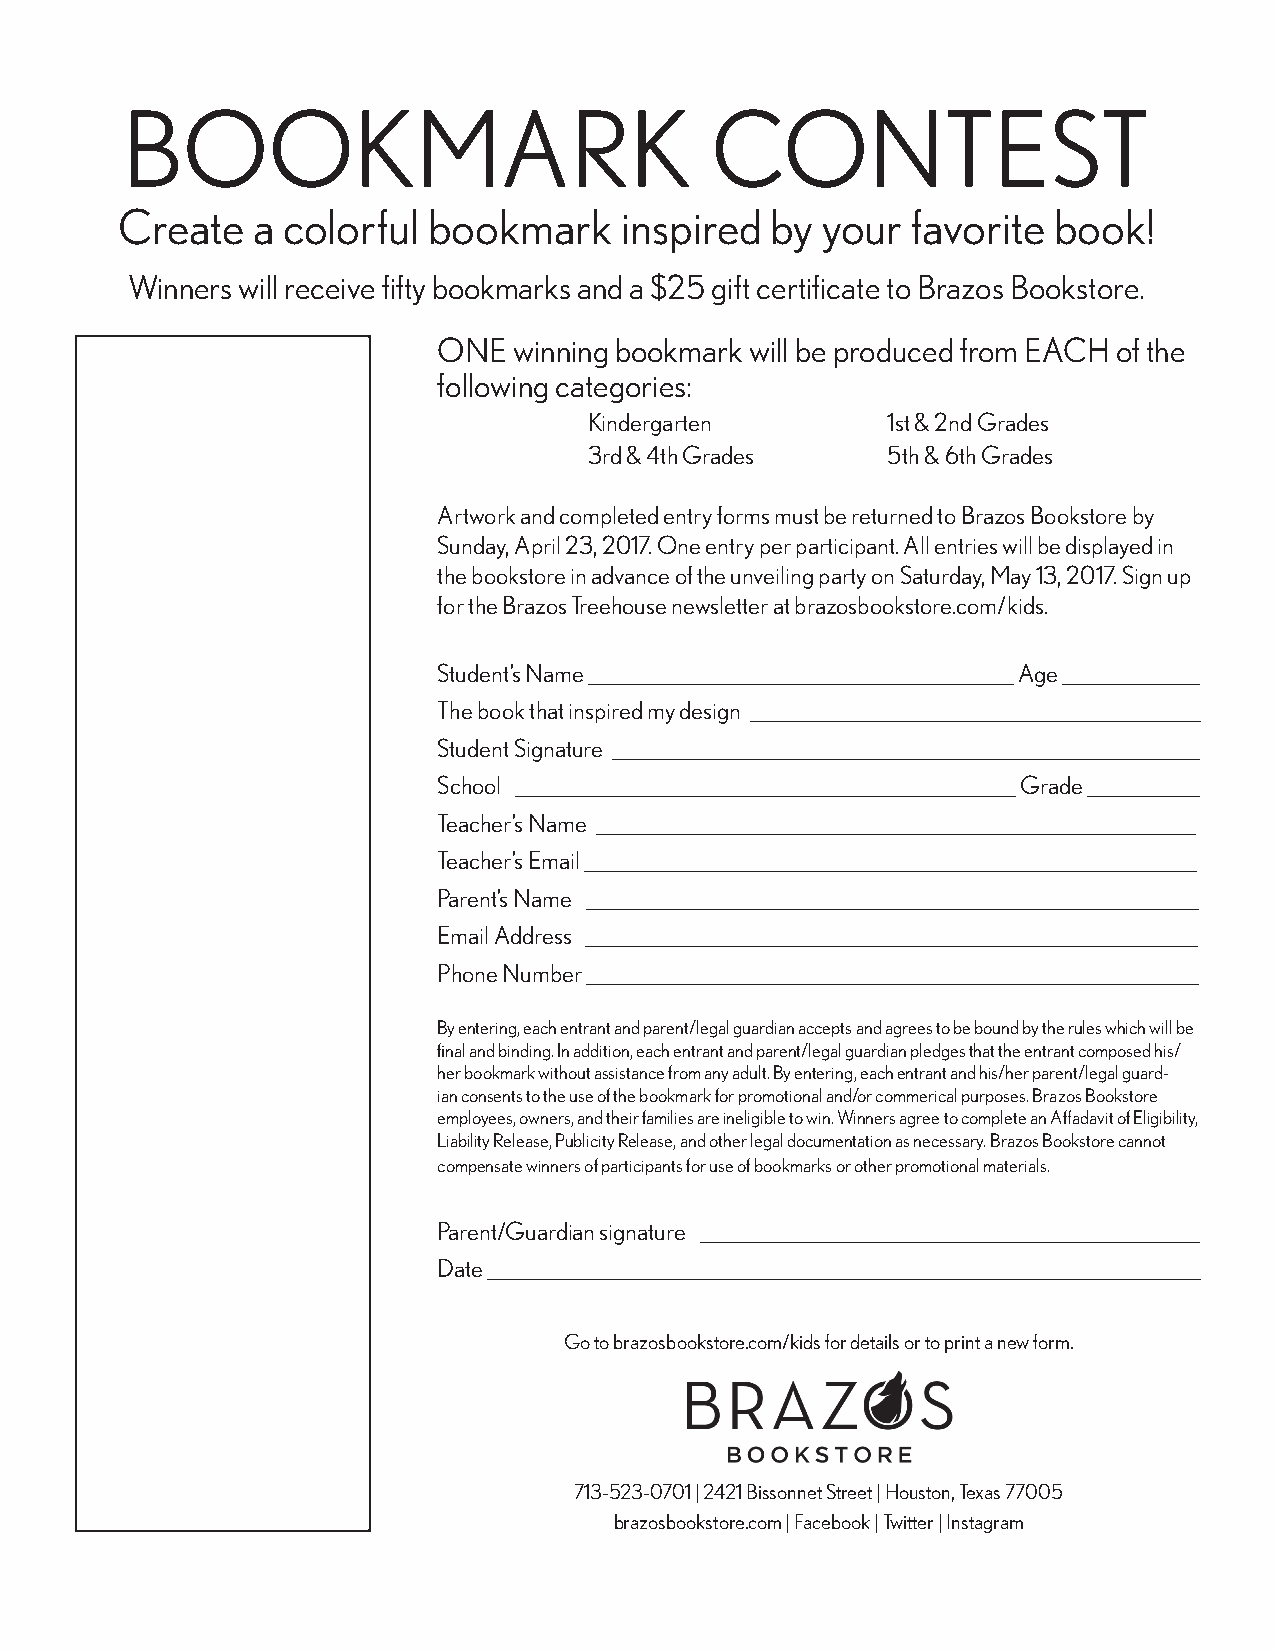
BOOKMARK                               CONTEST
 Create   a colorful bookmark     inspired  by your  favorite  book!
 Winners will receive fifty bookmarks and a $25 gift certificate to Brazos Bookstore.
 ONE  winning bookmark will be produced from EACH of the
 following categories:
 Kindergarten        1st & 2nd Grades
 3rd & 4th Grades    5th & 6th Grades
 Artwork and completed entry forms must be returned to Brazos Bookstore by
 Sunday, April 23, 2017. One entry per participant. All entries will be displayed in
 the bookstore in advance of the unveiling party on Saturday, May 13, 2017. Sign up
 for the Brazos Treehouse newsletter at brazosbookstore.com/kids.
 Student’s Name __________________________________ Age ___________
 The book that inspired my design ____________________________________
 Student Signature _______________________________________________
 School ________________________________________ Grade _________
 Teacher’s Name ________________________________________________
 Teacher’s Email _________________________________________________
 Parent’s Name _________________________________________________
 Email Address _________________________________________________
 Phone Number _________________________________________________
 By entering, each entrant and parent/legal guardian accepts and agrees to be bound by the rules which will be
 final and binding. In addition, each entrant and parent/legal guardian pledges that the entrant composed his/
 her bookmark without assistance from any adult. By entering, each entrant and his/her parent/legal guard-
 ian consents to the use of the bookmark for promotional and/or commerical purposes. Brazos Bookstore
 employees, owners, and their families are ineligible to win. Winners agree to complete an Affadavit of Eligibility,
 Liability Release, Publicity Release, and other legal documentation as necessary. Brazos Bookstore cannot
 compensate winners of participants for use of bookmarks or other promotional materials.
 Parent/Guardian signature ________________________________________
 Date _________________________________________________________
 Go to brazosbookstore.com/kids for details or to print a new form.
 713-523-0701 | 2421 Bissonnet Street | Houston, Texas 77005
 brazosbookstore.com | Facebook | Twitter | Instagram